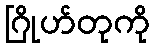
ဂြိုဟ်တုကို